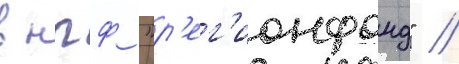
в нпф "р'ег'ионфонд" //